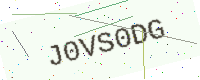
Text: J0VS0DG